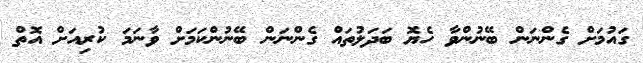
ގައުމަށް ގެންނަން ބޭނުންވާ ހެޔޮ ބަދަލުތައް ގެންނަން ބޭނުންކަމަށް ވާނަމަ ކުރިއަށް އޮތް